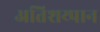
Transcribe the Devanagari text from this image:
अतिशय्पान